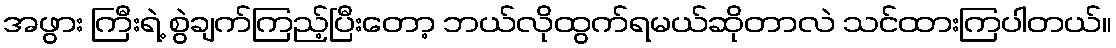
အဖွား ကြီးရဲ့ စွဲချက်ကြည့်ပြီးတော့ ဘယ်လိုထွက်ရမယ်ဆိုတာလဲ သင်ထားကြပါတယ်။